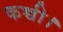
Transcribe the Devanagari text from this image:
कच्ची।